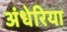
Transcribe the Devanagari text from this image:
अंधेरिया